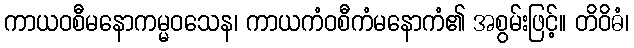
ကာယဝစီမနောကမ္မဝသေန၊ ကာယကံဝစီကံမနောကံ၏ အစွမ်းဖြင့်။ တိဝိဓံ၊